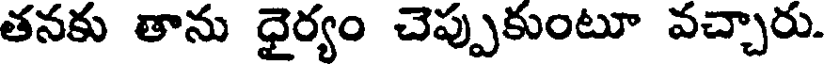
తనకు తాను ధైర్యం చెప్పుకుంటూ వచ్చారు.